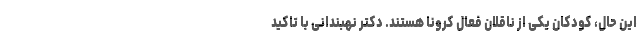
این حال، کودکان یکی از ناقلان فعال کرونا هستند. دکتر نهبندانی با تاکید